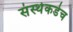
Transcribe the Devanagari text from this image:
संस्थेकडेच